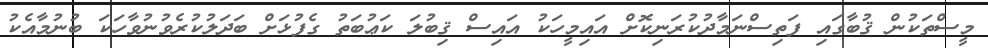
މީސްތަކުން ޤުބާގައި ފަތިސްނަމާދުކުރަނިކޮށް އައިމީހަކު އައިސް ޤިބުލަ ކަޢުބަތު ގެފުޅަށް ބަދަލުކުރެވުނުވާހަކަ ބުނުމާއެކު